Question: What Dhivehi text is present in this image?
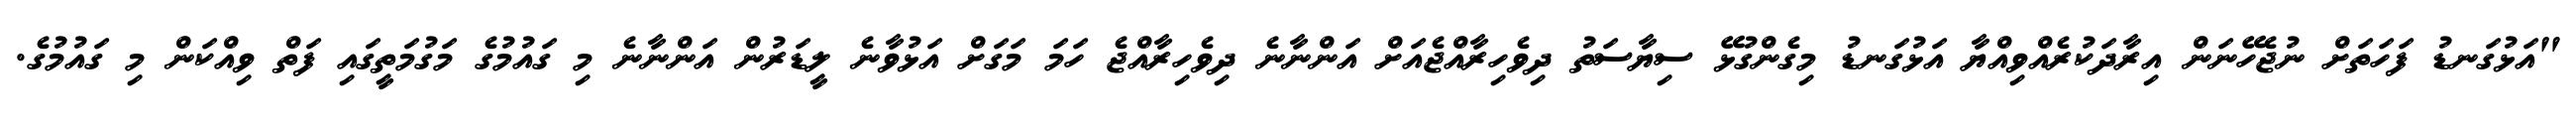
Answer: "އަޅުގަނޑު ފަހަތަށް ނުޖެހޭނަން އިރާދަކުރެއްވިއްޔާ އަޅުގަނޑު މިގެންގުޅޭ ސިޔާސަތު ދިވެހިރާއްޖެއަށް އަންނާނެ ދިވެހިރާއްޖެ ހަމަ މަގަށް އަޅުވާނެ ލީޑަރުން އަންނާނެ މި ގައުމުގެ މަގުމަތީގައި ފަތް ވިއްކަން މި ގައުމުގެ.